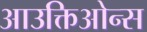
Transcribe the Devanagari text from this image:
आउक्तिओन्स